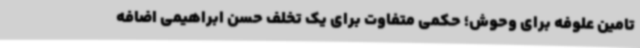
تامین علوفه برای وحوش؛ حکمی متفاوت برای یک تخلف حسن ابراهیمی اضافه